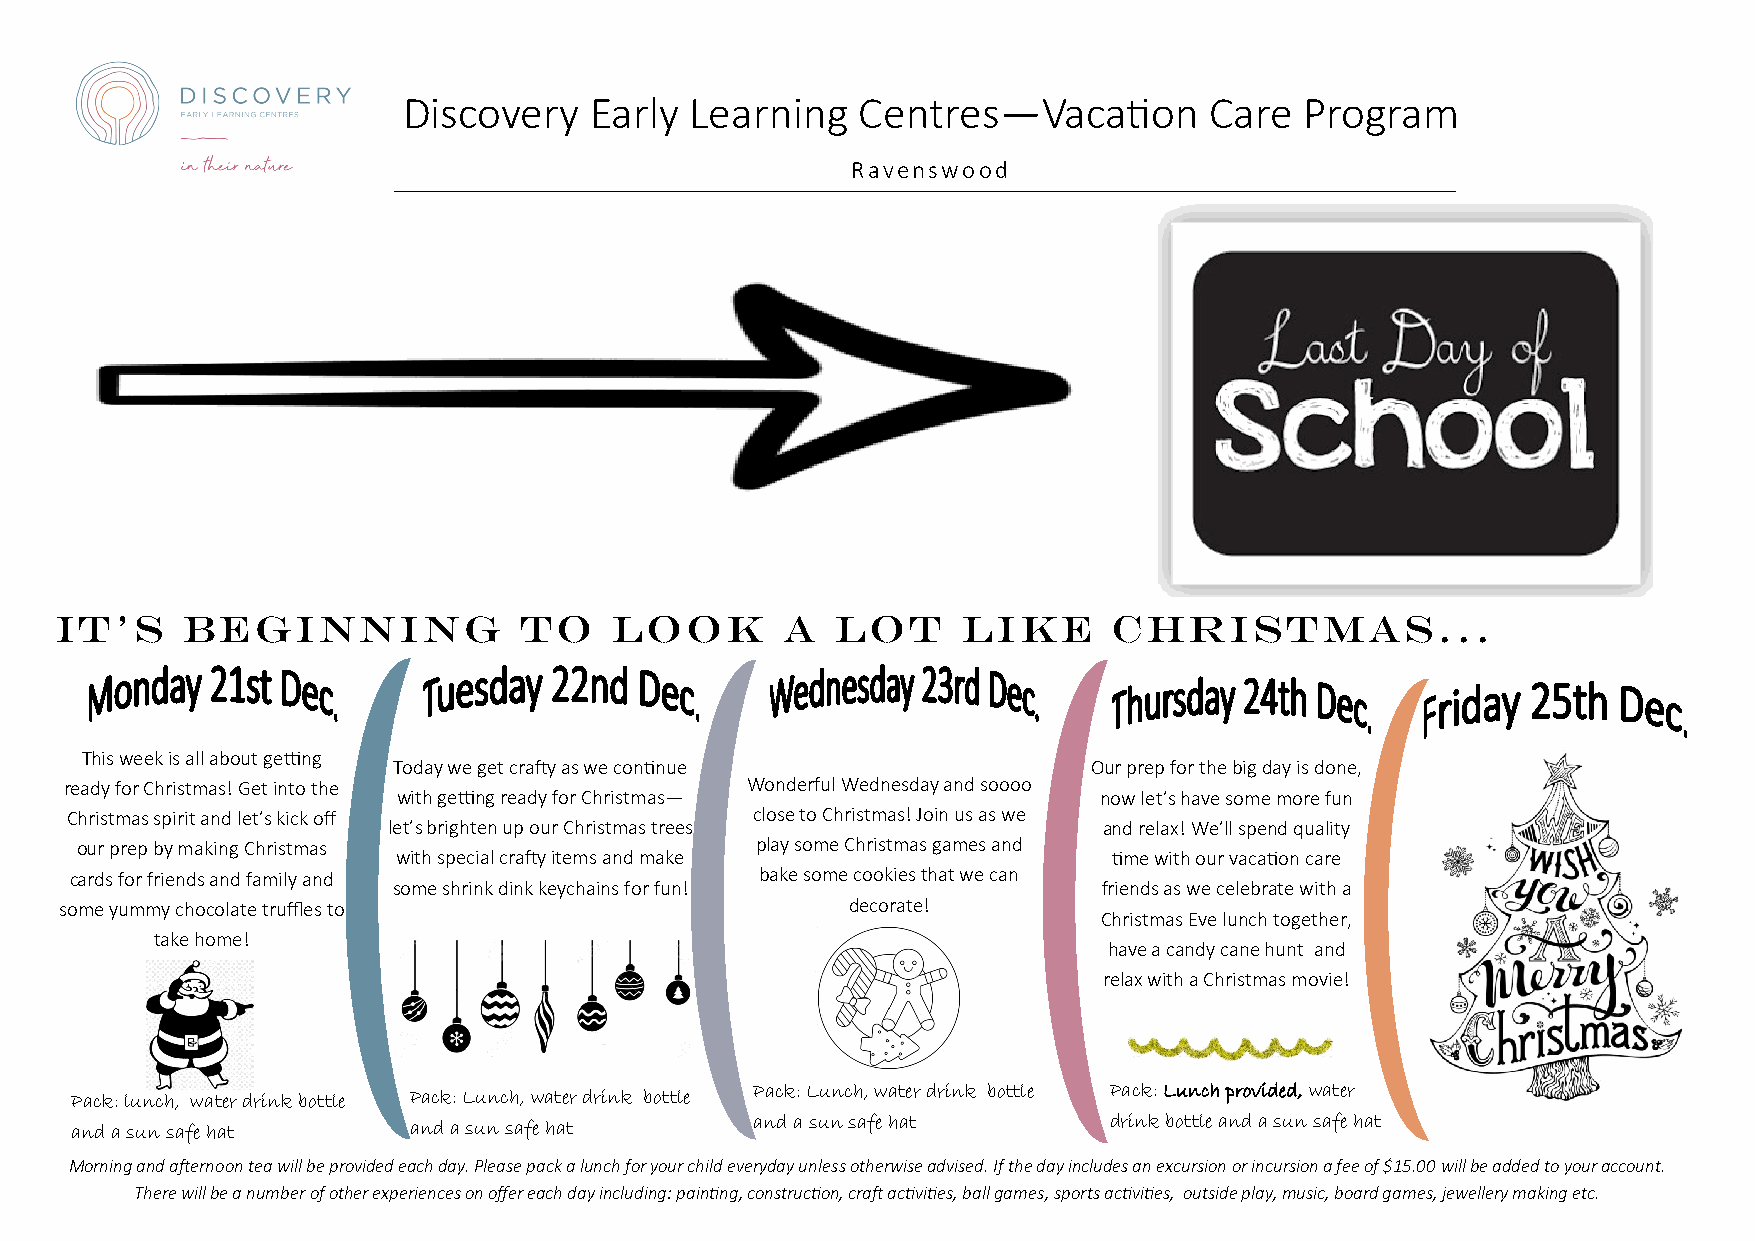
Discovery   Early  Learning   Centres—Vacation       Care  Program
 Ravenswood
 It’s    beginning             to     look       a  lot      like      Christmas...
 This week is all about getting
 Today we get crafty as we continue            Our prep for the big day is done,
 ready for Christmas! Get into the            Wonderful Wednesday and soooo
 with getting ready for Christmas—              now let’s have some more fun
 Christmas spirit and let’s kick off           close to Christmas! Join us as we
 let’s brighten up our Christmas trees          and relax! We’ll spend quality
 our prep by making Christmas                 play some Christmas games and
 with special crafty items and make              time with our vacation care
 cards for friends and family and             bake some cookies that we can
 some shrink dink keychains for fun!            friends as we celebrate with a
 some yummy chocolate truffles to                    decorate!
 Christmas Eve lunch together,
 take home!
 have a candy cane hunt and
 relax with a Christmas movie!
 Pack: lunch, water drink bottle Pack: Lunch, water drink bottle Pack: Lunch, water drink bottle Pack: Lunch provided, water
 and a sun safe hat    and a sun safe hat     and a sun safe hat     drink bottle and a sun safe hat
 Morning and afternoon tea will be provided each day. Please pack a lunch for your child everyday unless otherwise advised. If the day includes an excursion or incursion a fee of $15.00 will be added to your account.
 There will be a number of other experiences on offer each day including: painting, construction, craft activities, ball games, sports activities, outside play, music, board games, jewellery making etc.